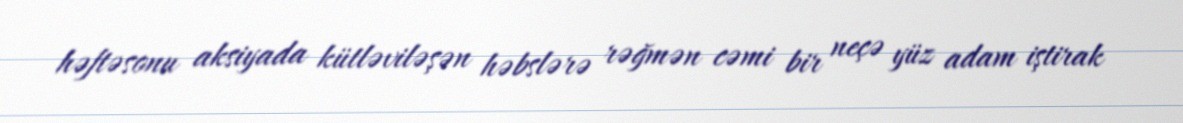
həftəsonu aksiyada kütləviləşən həbslərə rəğmən cəmi bir neçə yüz adam iştirak